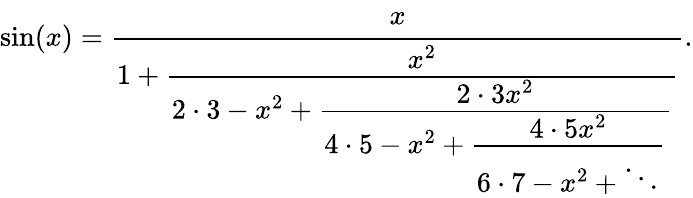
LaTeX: \sin(x)={\cfrac{x}{1+{\cfrac{x^{2}}{2\cdot 3-x^{2}+{\cfrac{2\cdot 3x^{2}}{4\cdot 5-x^{2}+{\cfrac{4\cdot 5x^{2}}{6\cdot 7-x^{2}+\ddots}}}}}}}}.